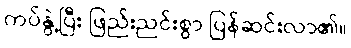
ကပ်နွဲ့ပြီး ဖြည်းညင်းစွာ ပြန်ဆင်းလာ၏။